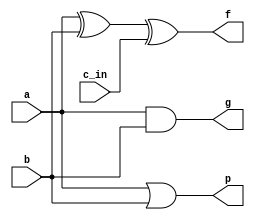
module add_full1(
    input   a,      //
    input   b,
    input   c_in,   //
    output  f,      //1
    output  g,      //  g = a * b
    output  p       //  p = a + b
);

assign f = a ^ b ^ c_in;
assign g = a & b;
assign p = a | b;

endmodule